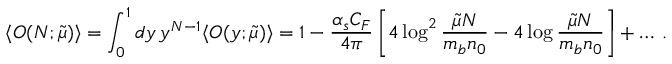
\langle O ( N ; \tilde { \mu } ) \rangle = \int _ { 0 } ^ { 1 } d y \, y ^ { N - 1 } \langle O ( y ; \tilde { \mu } ) \rangle = 1 - \frac { \alpha _ { s } C _ { F } } { 4 \pi } \left[ 4 \log ^ { 2 } { \frac { \tilde { \mu } N } { m _ { b } n _ { 0 } } } - 4 \log { \frac { \tilde { \mu } N } { m _ { b } n _ { 0 } } } \right] + \ldots \, .